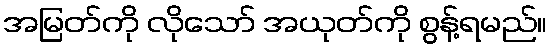
အမြတ်ကို လိုသော် အယုတ်ကို စွန့်ရမည်။